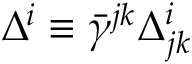
\Delta ^ { i } \equiv \bar { \gamma } ^ { j k } \Delta _ { j k } ^ { i }